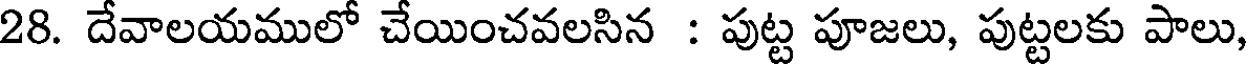
28. దేవాలయములో చేయించవలసిన : పుట్ట పూజలు, పుట్టలకు పాలు,